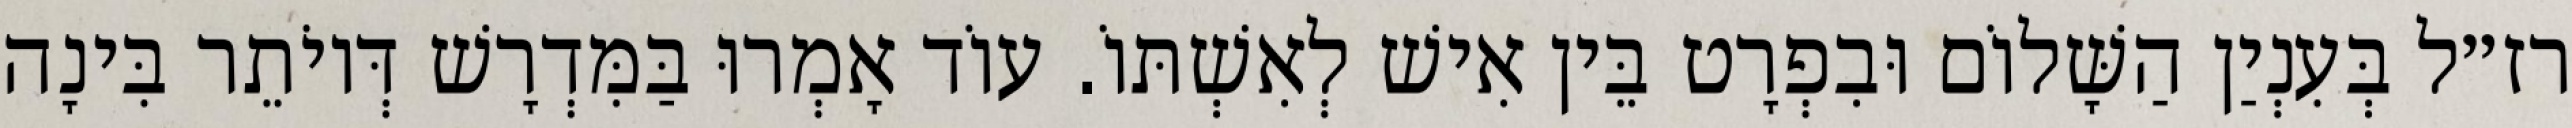
רז״ל בְּעִנְיַן הַשָּׁלוֹם וּבִפְרָט בֵּין אִישׁ לְאִשְׁתּוֹ. עוֹד אָמְרוּ בַּמִּדְרָשׁ דְּיוֹתֵר בִּינָה